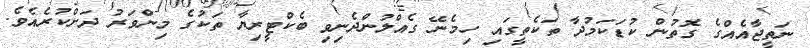
ނަތީޖާއެއްގެ ގޮތުން ކުޑަކަމުދާ ތަކެތީގައި ހިމެނޭ ގެއްލުންދެނިވި ބެކްޓީރިޔާ ތަކުގެ މިންވަރު ދަށްކުރެއެވެ.